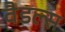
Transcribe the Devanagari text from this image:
वैडल्स